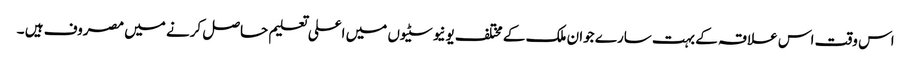
اس وقت اس علاقہ کے بہت سارے جوان ملک کے مختلف یونیوسٹیوں میں اعلی تعلیم حاصل کرنے میں مصروف ہیں ۔